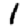
Digit: 1